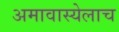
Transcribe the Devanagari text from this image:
अमावास्येलाच